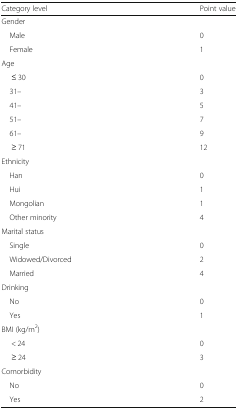
<table><thead><tr><td><b>Category level</b></td><td><b>Point value</b></td></tr></thead><tbody><tr><td colspan="2">Gender</td></tr><tr><td> Male</td><td>0</td></tr><tr><td> Female</td><td>1</td></tr><tr><td colspan="2">Age</td></tr><tr><td>≤ 30</td><td>0</td></tr><tr><td> 31–</td><td>3</td></tr><tr><td> 41–</td><td>5</td></tr><tr><td> 51–</td><td>7</td></tr><tr><td> 61–</td><td>9</td></tr><tr><td>≥ 71</td><td>12</td></tr><tr><td colspan="2">Ethnicity</td></tr><tr><td> Han</td><td>0</td></tr><tr><td> Hui</td><td>1</td></tr><tr><td> Mongolian</td><td>1</td></tr><tr><td> Other minority</td><td>4</td></tr><tr><td colspan="2">Marital status</td></tr><tr><td> Single</td><td>0</td></tr><tr><td> Widowed/Divorced</td><td>2</td></tr><tr><td> Married</td><td>4</td></tr><tr><td colspan="2">Drinking</td></tr><tr><td> No</td><td>0</td></tr><tr><td> Yes</td><td>1</td></tr><tr><td colspan="2">BMI (kg/m<sup>2</sup>)</td></tr><tr><td>&lt; 24</td><td>0</td></tr><tr><td>≥ 24</td><td>3</td></tr><tr><td colspan="2">Comorbidity</td></tr><tr><td> No</td><td>0</td></tr><tr><td> Yes</td><td>2</td></tr></tbody></table>